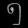
Digit: ၅